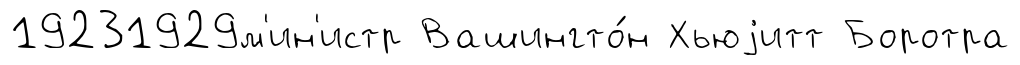
19231929м'ин'истр Вашингто́н Хьюjитт Боротра